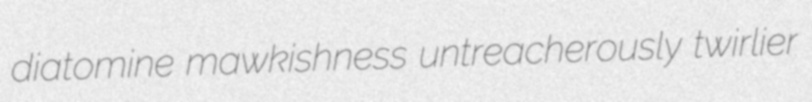
diatomine mawkishness untreacherously twirlier